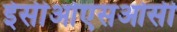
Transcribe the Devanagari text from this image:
ईसीओएसओसी